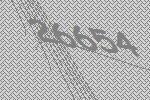
26654